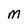
Character: M